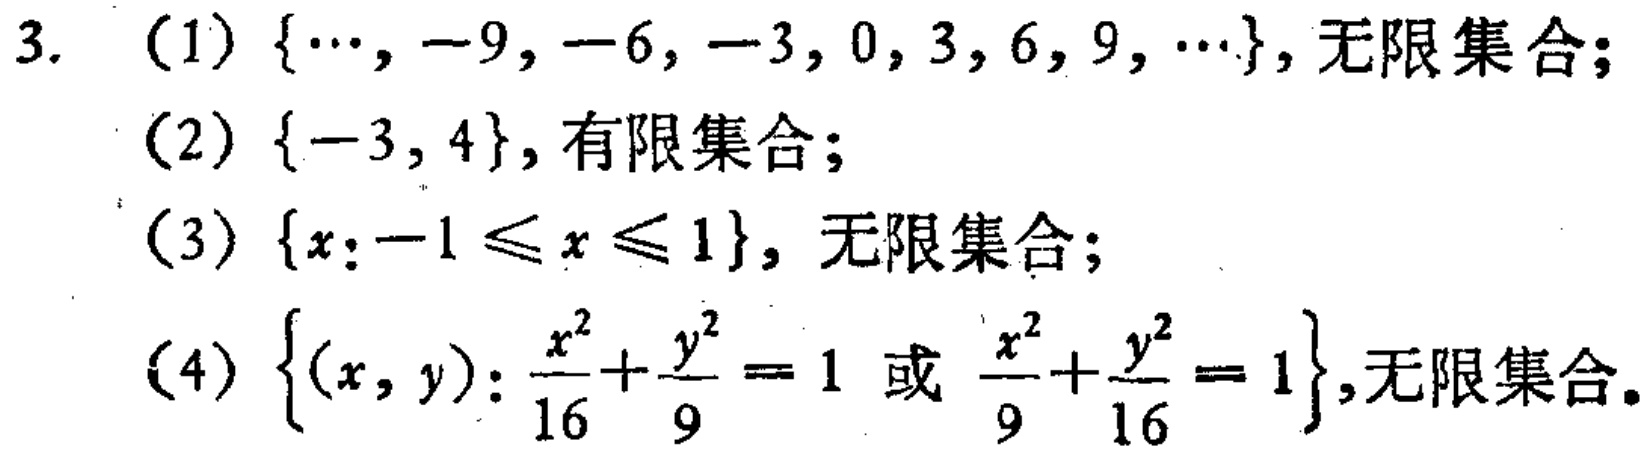
3. (1) $\{\cdots, -9, -6, -3, 0, 3, 6, 9, \cdots\}$, 无限集合;

(2) $\{-3, 4\}$, 有限集合;

(3) $\{x: -1\leqslant x\leqslant 1\}$, 无限集合;

(4) $\left\{(x,y): \frac{x^{2}}{16}+\frac{y^{2}}{9}=1 \text{ 或 } \frac{x^{2}}{9}+\frac{y^{2}}{16}=1\right\}$,无限集合.